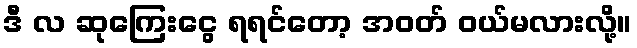
ဒီ လ ဆုကြေးငွေ ရရင်တော့ အဝတ် ဝယ်မလားလို့။